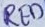
Text: RED